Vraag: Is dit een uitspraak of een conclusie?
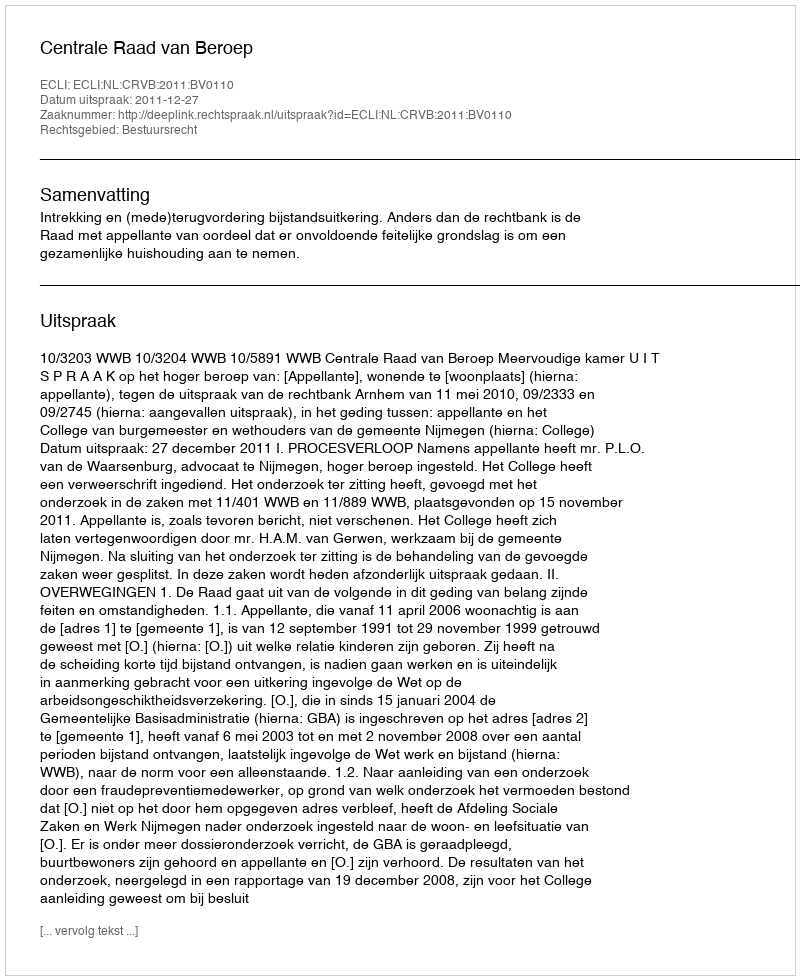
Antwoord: Uitspraak